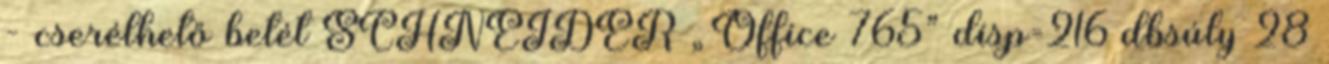
- cserélhető betét SCHNEIDER „Office 765” disp=216 dbsúly 28